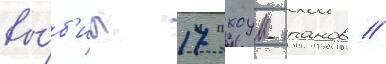
вы́б'ил 17 хоум-ранов //